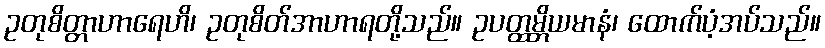
ဥတုစိတ္တာဟာရေဟိ၊ ဥတုစိတ်အာဟာရတို့သည်။ ဥပတ္ထမ္ဘိယမာနံ၊ ထောက်ပံ့အပ်သည်။